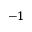
- 1